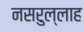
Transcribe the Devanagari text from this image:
नसरुल्लाह